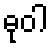
ဓုဝါ